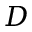
D